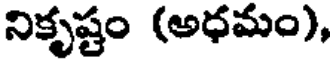
నికృష్టం (అధమం),